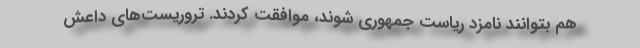
هم بتوانند نامزد ریاست جمهوری شوند، موافقت کردند. تروریست‌های داعش